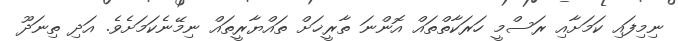
ނިމިފައި ކަމަށާއި ރަސްމީ ހަރަކާތްތައް އޮންނަ ތާރީޚަށް ތައްޔާރީތައް ނިމޭނެކަމަށެވެ. އަދި ތިނަދޫ